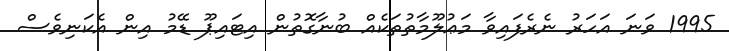
1995 ވަނަ އަހަރު ނެރެފައިވާ މަޢުލޫމާތުތަކެއް ބުނާގޮތުން އިޓައިޕޫ ޑޭމު އިން އެކަނިވެސް